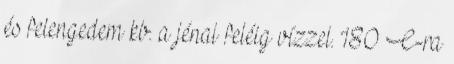
és felengedem kb. a jénai feléig vízzel. 180 C-ra